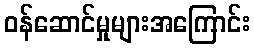
ဝန်ဆောင်မှုများအကြောင်း